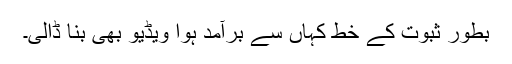
بطور ثبوت کے خط کہاں سے برآمد ہوا ویڈیو بھی بنا ڈالی۔